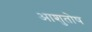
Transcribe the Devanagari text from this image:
अाशुतोष